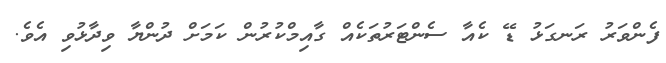
ފެންވަރު ރަނގަޅު ޑޭ ކެއާ ސެންޓަރުތަކެއް ގާއިމްކުރުން ކަމަށް ދުންޔާ ވިދާޅުވި އެވެ.